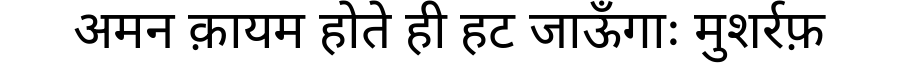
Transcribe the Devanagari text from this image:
अमन क़ायम होते ही हट जाऊँगाः मुशर्रफ़